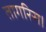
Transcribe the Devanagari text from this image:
तागरिस।